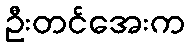
ဦးတင်အေးက